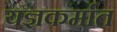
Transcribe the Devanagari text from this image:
यज्ञकर्मात